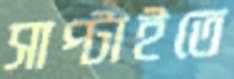
সাপ্‌টাইতে